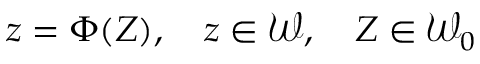
\boldsymbol { z } = \boldsymbol \Phi ( \boldsymbol { Z } ) , \quad \boldsymbol { z } \in { \mathcal W } , \quad \boldsymbol { Z } \in { \mathcal W } _ { 0 }